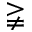
\gneqq